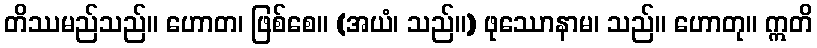
တိဿမည်သည်။ ဟောတ၊ ဖြစ်စေ။ (အယံ၊ သည်။) ဖုဿောနာမ၊ သည်။ ဟောတု။ ဣတိ